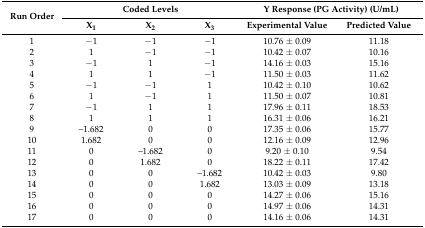
<table><thead><tr><td rowspan="2"><b>Run Order</b></td><td colspan="3"><b>Coded Levels</b></td><td colspan="2"><b>Y Response (PG Activity) (U/mL)</b></td></tr><tr><td><b>X<sub>1</sub></b></td><td><b>X<sub>2</sub></b></td><td><b>X<sub>3</sub></b></td><td><b>Experimental Value</b></td><td><b>Predicted Value</b></td></tr></thead><tbody><tr><td>1</td><td>−1</td><td>−1</td><td>−1</td><td>10.76 ± 0.09 </td><td>11.18</td></tr><tr><td>2</td><td>1</td><td>−1</td><td>−1</td><td>10.42 ± 0.07 </td><td>10.16</td></tr><tr><td>3</td><td>−1</td><td>1</td><td>−1</td><td>14.16 ± 0.03 </td><td>15.16</td></tr><tr><td>4</td><td>1</td><td>1</td><td>−1</td><td>11.50 ± 0.03 </td><td>11.62</td></tr><tr><td>5</td><td>−1</td><td>−1</td><td>1</td><td>10.42 ± 0.10 </td><td>10.62</td></tr><tr><td>6</td><td>1</td><td>−1</td><td>1</td><td>11.50 ± 0.07 </td><td>10.81</td></tr><tr><td>7</td><td>−1</td><td>1</td><td>1</td><td>17.96 ± 0.11 </td><td>18.53</td></tr><tr><td>8</td><td>1</td><td>1</td><td>1</td><td>16.31 ± 0.06 </td><td>16.21</td></tr><tr><td>9</td><td>–1.682</td><td>0</td><td>0</td><td>17.35 ± 0.06 </td><td>15.77</td></tr><tr><td>10</td><td>1.682</td><td>0</td><td>0</td><td>12.16 ± 0.09 </td><td>12.96</td></tr><tr><td>11</td><td>0</td><td>–1.682</td><td>0</td><td>9.20 ± 0.10 </td><td>9.54</td></tr><tr><td>12</td><td>0</td><td>1.682</td><td>0</td><td>18.22 ± 0.11 </td><td>17.42</td></tr><tr><td>13</td><td>0</td><td>0</td><td>–1.682</td><td>10.42 ± 0.03 </td><td>9.80</td></tr><tr><td>14</td><td>0</td><td>0</td><td>1.682</td><td>13.03 ± 0.09 </td><td>13.18</td></tr><tr><td>15</td><td>0</td><td>0</td><td>0</td><td>14.27 ± 0.06 </td><td>15.16</td></tr><tr><td>16</td><td>0</td><td>0</td><td>0</td><td>14.97 ± 0.06 </td><td>14.31</td></tr><tr><td>17</td><td>0</td><td>0</td><td>0</td><td>14.16 ± 0.06 </td><td>14.31</td></tr></tbody></table>